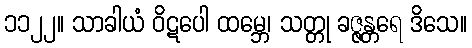
၁၁၂၂။ သာခါယံ ဝိဋပေါ ထမ္ဘေ၊ သတ္တု ခဇ္ဇန္တရေ ဒိသေ။